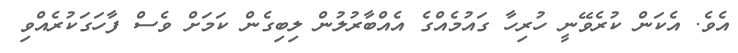
އެވެ. އެކަން ކުރެވޭނީ ހުރިހާ ގައުމެއްގެ އެއްބާރުލުން ލިބިގެން ކަމަށް ވެސް ފާހަގަކުރެއްވި